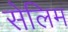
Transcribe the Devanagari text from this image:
सेलिम